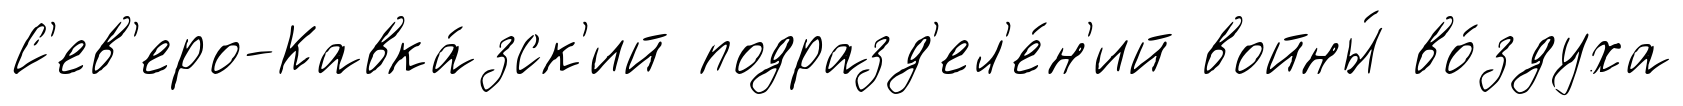
С'ев'еро-Кавка́зск'ий подразд'ел'е́н'ий войны́ во́здуха